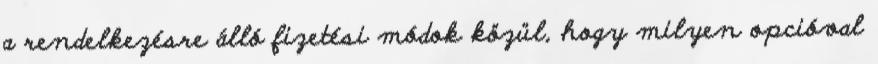
a rendelkezésre álló fizetési módok közül, hogy milyen opcióval